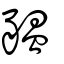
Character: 豱